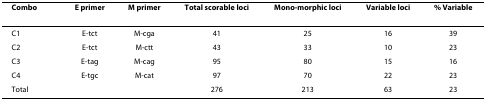
| Combo | Eprimer | Mprimer | Totalscorableloci | Mono-morphicloci | Variableloci | %Variable |
 | --- | --- | --- | --- | --- | --- | --- |
 | C1 | E-tct | M-cga | 41 | 25 | 16 | 39 |
 | C2 | E-tct | M-ctt | 43 | 33 | 10 | 23 |
 | C3 | E-tag | M-cag | 95 | 80 | 15 | 16 |
 | C4 | E-tgc | M-cat | 97 | 70 | 22 | 23 |
 | Total |  |  | 276 | 213 | 63 | 23 |